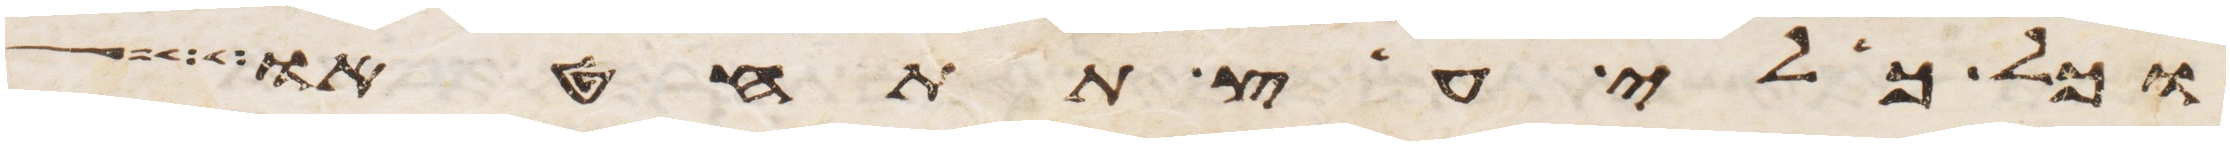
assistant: וכל כלי עץ תתחטאו